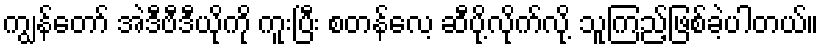
ကျွန်တော် အဲဒီဗီဒီယိုကို ကူးပြီး စတန်လေ့ ဆီပို့လိုက်လို့ သူကြည့်ဖြစ်ခဲ့ပါတယ်။